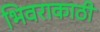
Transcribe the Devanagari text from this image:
भिवराकाठी